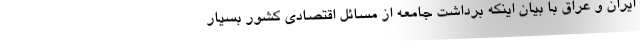
ایران و عراق با بیان اینکه برداشت جامعه از مسائل اقتصادی کشور بسیار